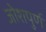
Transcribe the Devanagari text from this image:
जोशपुर्ण